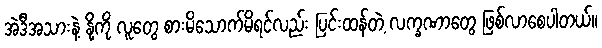
အဲဒီအသားနဲ့ နို့ကို လူတွေ စားမိသောက်မိရင်လည်း ပြင်းထန်တဲ့ လက္ခဏာတွေ ဖြစ်လာစေပါတယ်။